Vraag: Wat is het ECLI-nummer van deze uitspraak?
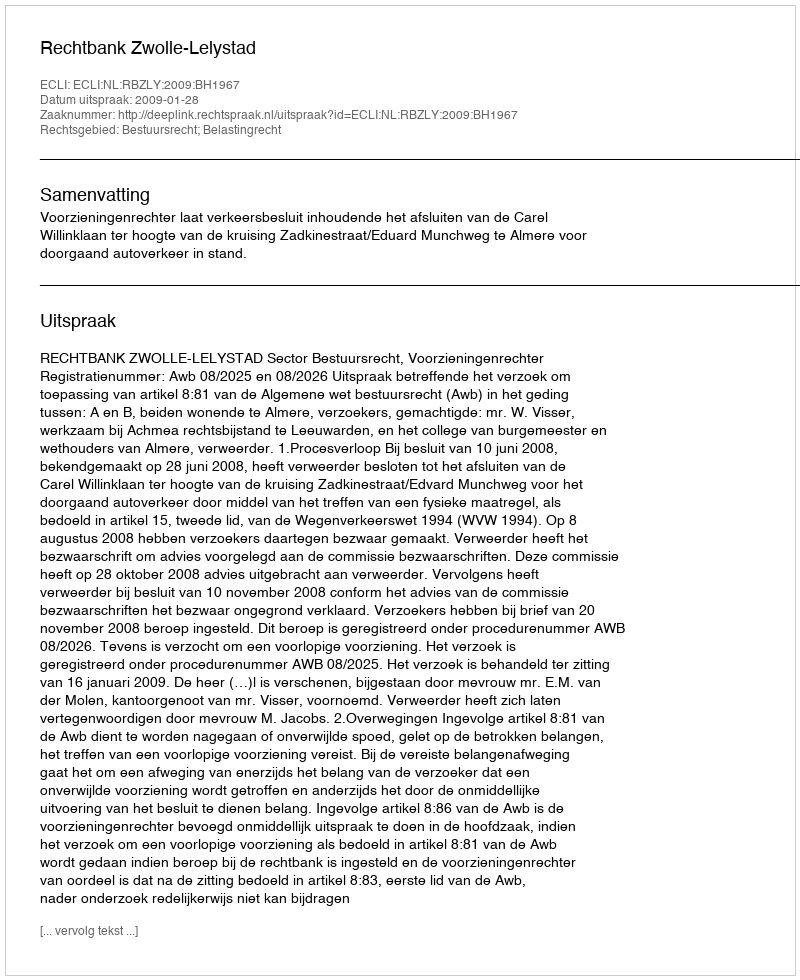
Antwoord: ECLI:NL:RBZLY:2009:BH1967